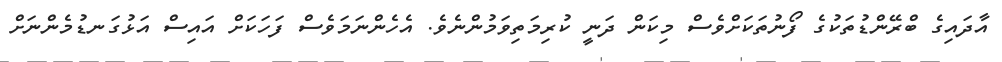
އާދައިގެ ބްރޭންޑުތަކުގެ ފޯނުތަކަށްވެސް މިކަން ދަނީ ކުރިމަތިވަމުންނެވެ. އެހެންނަމަވެސް ފަހަކަށް އައިސް އަޅުގަނޑުމެންނަށް